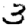
Digit: 3